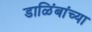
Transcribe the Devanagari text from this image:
डाळिंबांच्या